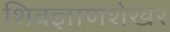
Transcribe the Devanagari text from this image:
शिवज्ञाणशेखर